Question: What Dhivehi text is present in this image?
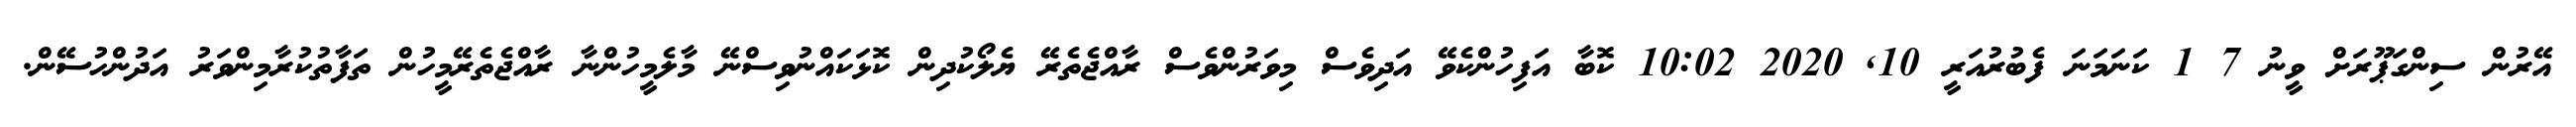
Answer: އޭރުން ސިންގަޕޫރަށް ވީނު 7 1 ކަނަމަނަ ފެބުރުއަރީ 10, 2020 10:02 ކޮބާ އަފިހުންކެވޭ އަދިވެސް މިވަރުންވެސް ރާއްޖެތެރޭ ޔެލޯކުދިން ކޮޅަކައްނުވިސްނޭ މާލެމީހުންނާ ރާއްޖެތެރޭމީހުން ތަފާތުކުރާމިންވަރު އަދުންހުސޭން.